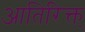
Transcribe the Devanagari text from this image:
आतिरिक्त्